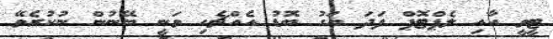
ޓީވީ އާއި ލެޕްޓޮޕް ފަދަ އަގު ބޮޑު އެއްޗެހި ވަނީ ބޭނުން ނުކުރެވޭ